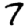
Digit: 7